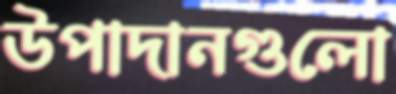
উপাদানগুলো